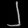
Digit: ၂